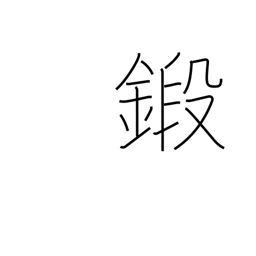
Meaning: train